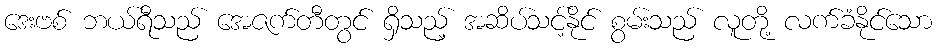
ဒေးဗစ် ဘယ်ရီသည် အေဇက်တီတွင် ရှိသည့် အဆိပ်သင့်နိုင် စွမ်းသည် လူတို့ လက်ခံနိုင်သော